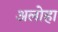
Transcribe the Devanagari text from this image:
अलोहा